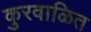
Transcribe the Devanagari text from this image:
कुरवाळित